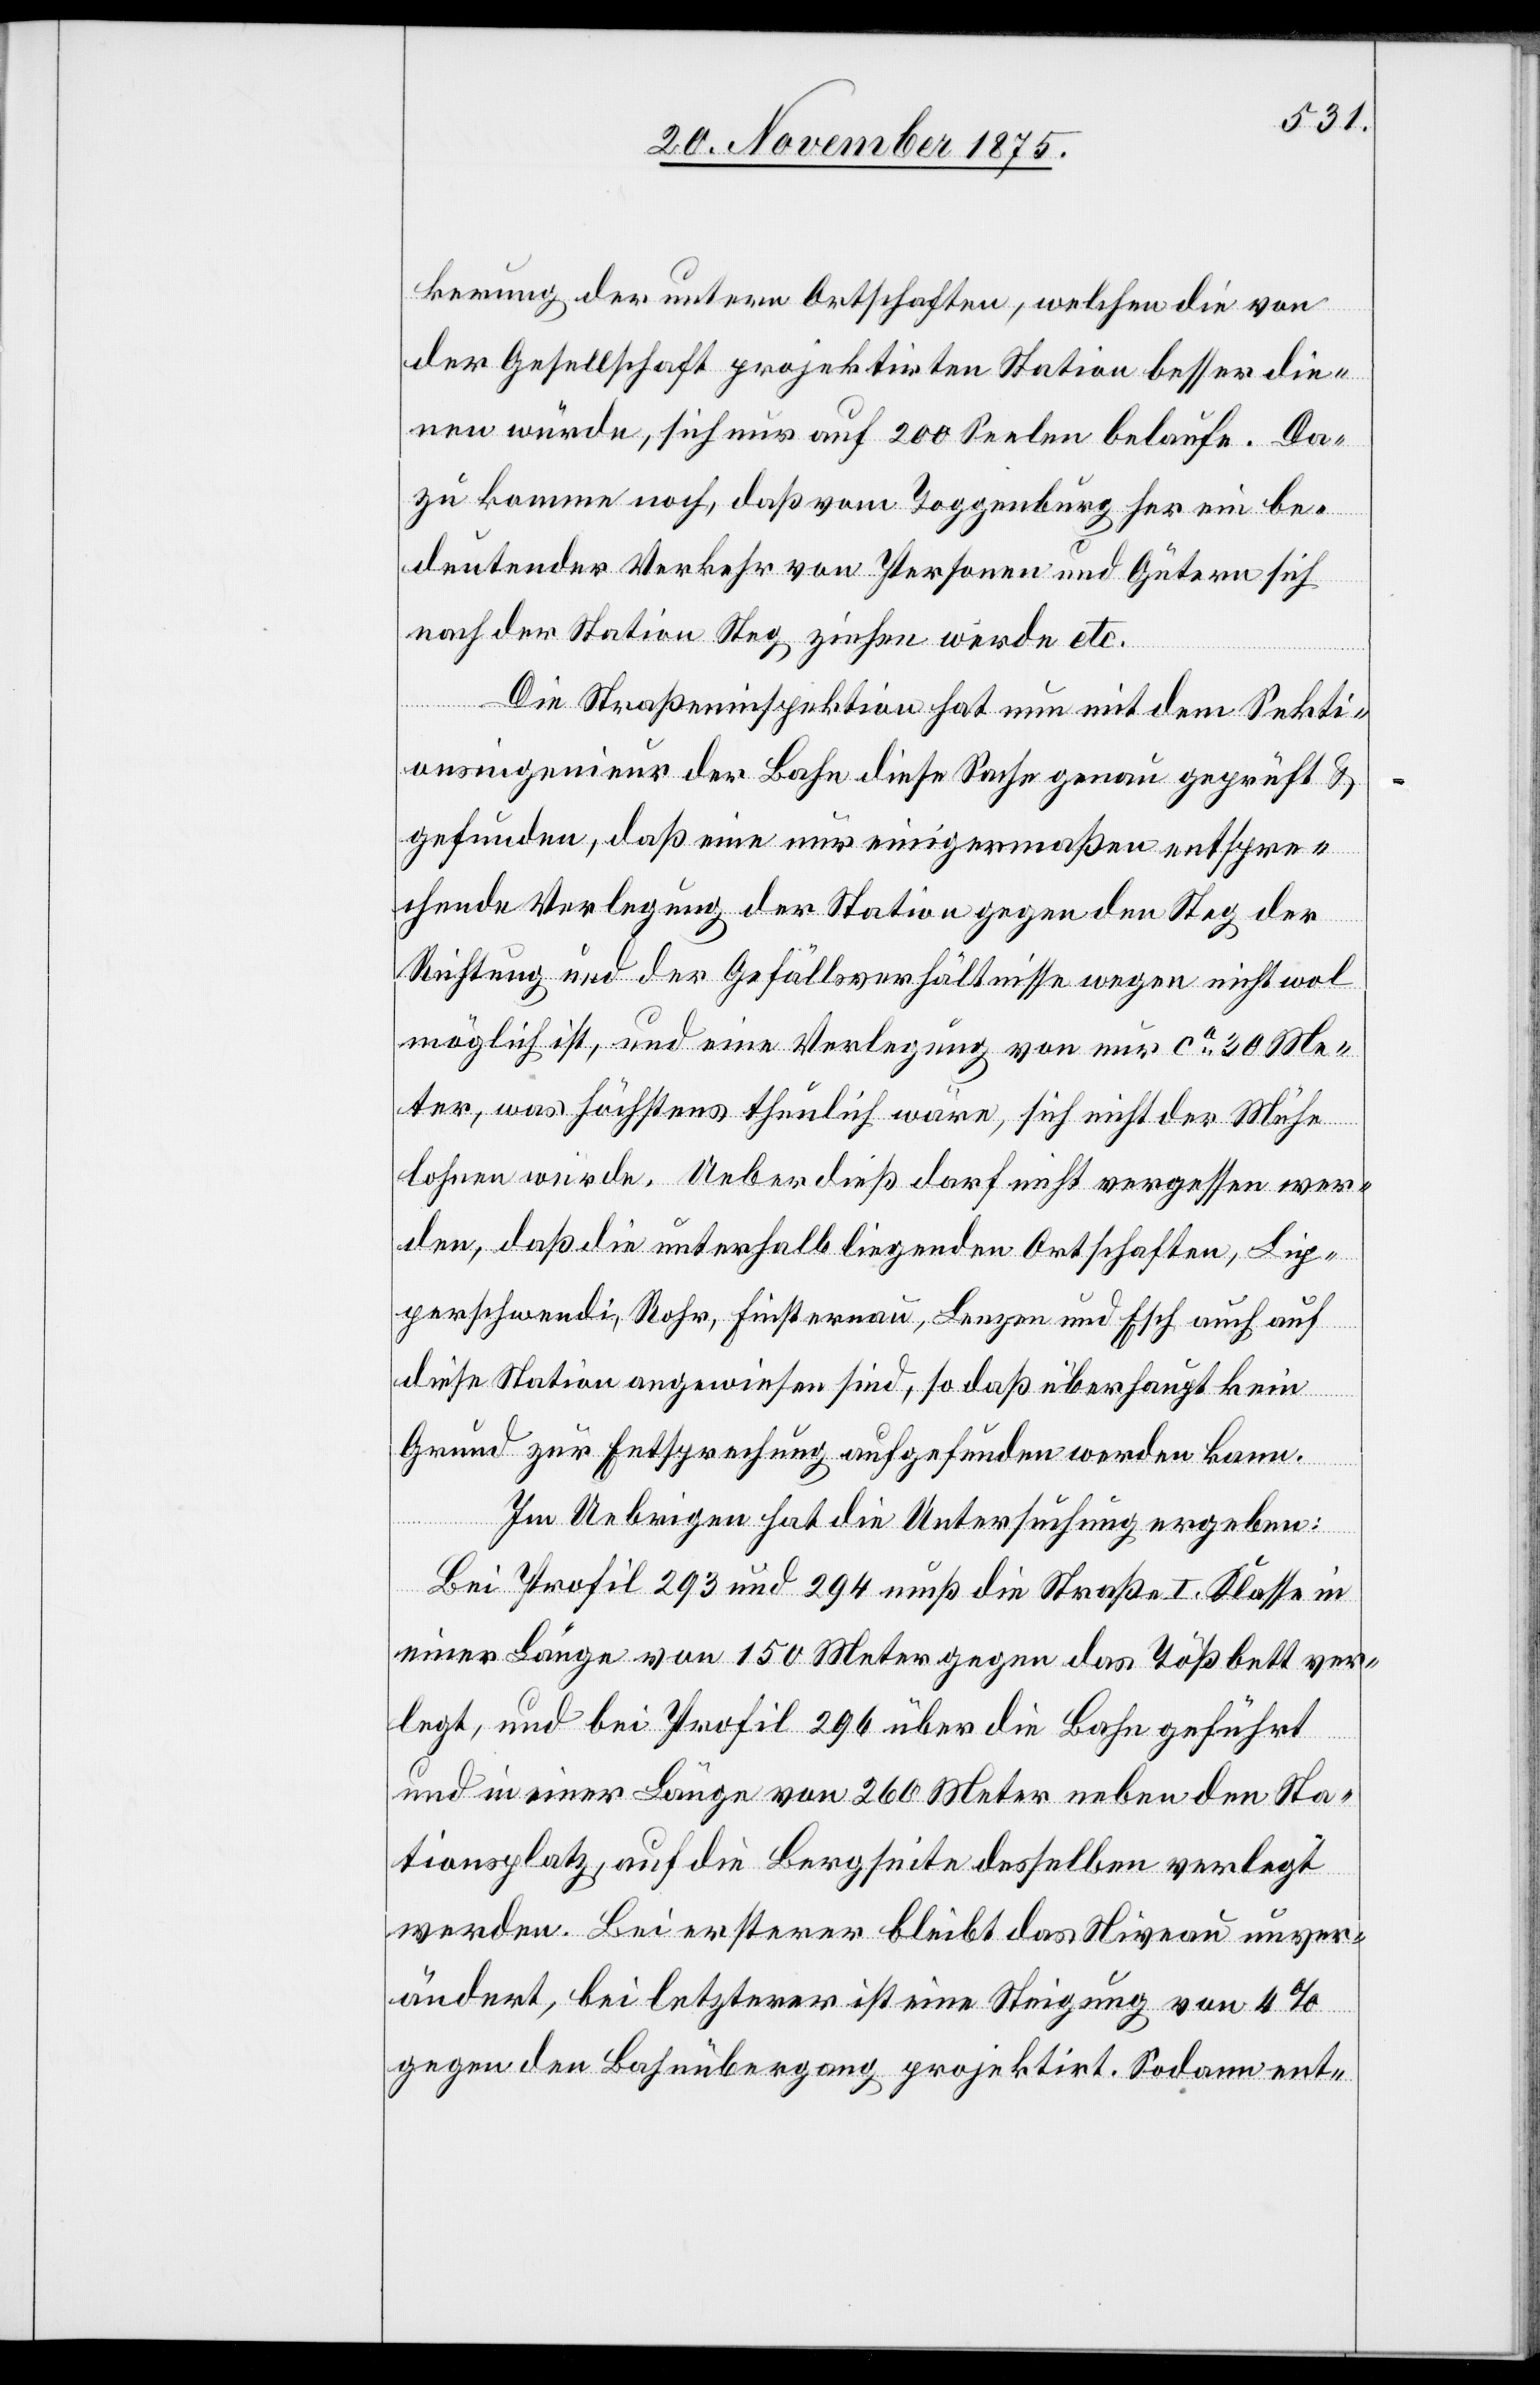
kerung der untern Ortschaften, welchen die von
der Gesellschaft projektirten Station besser die¬
nen würde, sich nur auf 200 Seelen belaufe. Da¬
zu komme noch, daß vom Toggenburg her ein be¬
deutender Verkehr von Personen und Gütern sich
nach der Station Steg ziehen werde etc.
Die Straßeninspektion hat nun mit dem Sekti¬
onsingenieur der Bahn diese Sache genau geprüft &
gefunden, daß eine nur einigermaßen entspre¬
chende Verlegung der Station gegen den Steg der
Richtung und der Gefällsverhältnisse wegen nicht wol
möglich ist, und eine Verlegung von nur ca 30 Me¬
ter, was höchstens thunlich wäre, sich nicht der Mühe
lohnen würde. Ueberdieß darf nicht vergessen wer¬
den, daß die unterhalb liegenden Ortschaften, Lip¬
perschwendi, Rohr, Finsternau, Lenzen und Esch auch auf
diese Station angewiesen sind, so daß überhaupt kein
Grund zur Entsprechung aufgefunden werden kann.
Im Uebrigen hat die Untersuchung ergeben:
Bei Profil 293 und 294 muß die Straße I. Klasse in
einer Länge von 150 Meter gegen das Tößbett ver¬
legt, und bei Profil 296 über die Bahn geführt
und in einer Länge von 260 Meter neben den Sta¬
tionsplatz, auf die Bergseite desselben verlegt
werden. Bei ersterer bleibt das Niveau unver¬
ändert, bei letzterer ist eine Steigung von 4%
gegen den Bahnübergang projektirt. Sodann ent-